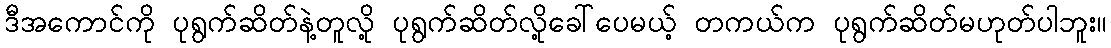
ဒီအကောင်ကို ပုရွက်ဆိတ်နဲ့တူလို့ ပုရွက်ဆိတ်လို့ခေါ်ပေမယ့် တကယ်က ပုရွက်ဆိတ်မဟုတ်ပါဘူး။